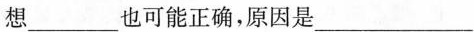
想___也可能正确，原因是___